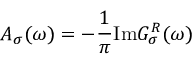
A _ { \sigma } ( \omega ) = - \frac { 1 } { \pi } \mathrm { I m } G _ { \sigma } ^ { R } ( \omega )